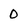
Character: 0